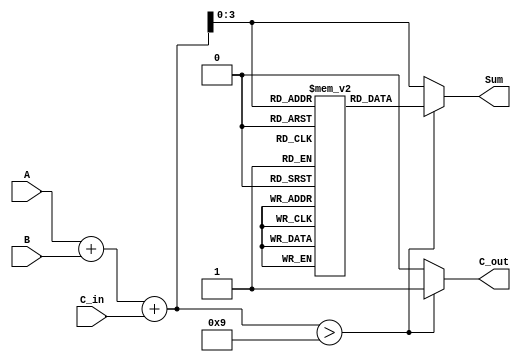
module BCD_LUT_Adder (
    input  wire [3:0] A,        // First BCD digit
    input  wire [3:0] B,        // Second BCD digit
    input  wire C_in,           // Carry-in
    output reg  [3:0] Sum,      // BCD sum output
    output reg  C_out           // Carry-out
);

    // Intermediate 5-bit sum
    wire [4:0] S;
    assign S = A + B + C_in;    // Calculate initial sum

    // Look-Up Table for BCD correction
    reg [3:0] LUT [0:18];        // LUT for sums 0-18
    initial begin
        // Initialize LUT with appropriate BCD values
        LUT[0]  = 4'd0;   // 0
        LUT[1]  = 4'd1;   // 1
        LUT[2]  = 4'd2;   // 2
        LUT[3]  = 4'd3;   // 3
        LUT[4]  = 4'd4;   // 4
        LUT[5]  = 4'd5;   // 5
        LUT[6]  = 4'd6;   // 6
        LUT[7]  = 4'd7;   // 7
        LUT[8]  = 4'd8;   // 8
        LUT[9]  = 4'd9;   // 9
        LUT[10] = 4'd0;   // 10 (invalid BCD, correction needed)
        LUT[11] = 4'd1;   // 11 (invalid BCD, correction needed)
        LUT[12] = 4'd2;   // 12 (invalid BCD, correction needed)
        LUT[13] = 4'd3;   // 13 (invalid BCD, correction needed)
        LUT[14] = 4'd4;   // 14 (invalid BCD, correction needed)
        LUT[15] = 4'd5;   // 15 (invalid BCD, correction needed)
        LUT[16] = 4'd6;   // 16 (invalid BCD, correction needed)
        LUT[17] = 4'd7;   // 17 (invalid BCD, correction needed)
        LUT[18] = 4'd8;   // 18 (invalid BCD, correction needed)
    end

    always @(*) begin
        // Default outputs
        Sum = 4'd0;
        C_out = 1'b0;

        // Determine the BCD sum and carry-out
        if (S > 9) begin
            Sum = LUT[S[3:0]]; // Use LUT for correction
            C_out = 1'b1;      // Set carry-out
        end else begin
            Sum = S[3:0];      // Valid BCD, no correction needed
            C_out = 1'b0;      // No carry-out
        end
    end

endmodule